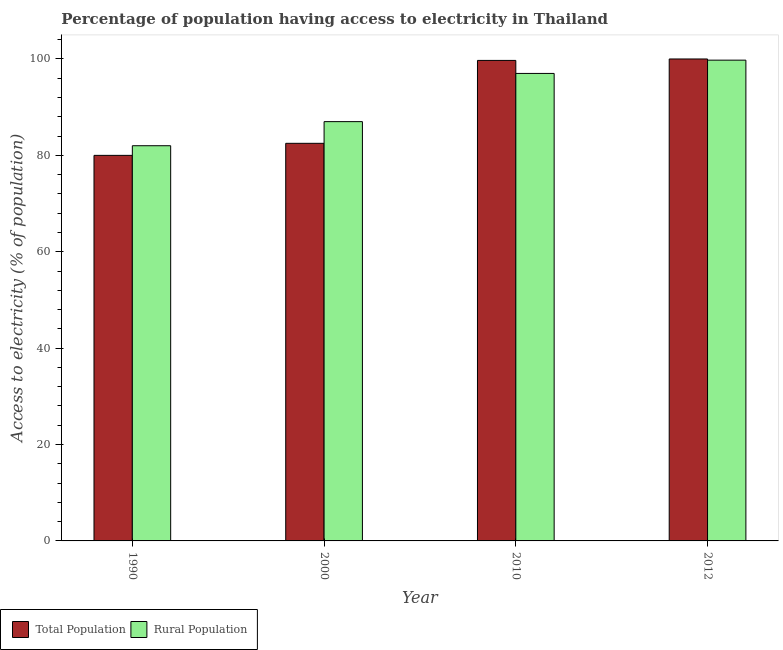
| Year | Total Population | Rural Population |
 | --- | --- | --- |
 | 1990 | 80 | 82 |
 | 2000 | 82.5 | 87 |
 | 2010 | 99.7 | 97 |
 | 2012 | 100 | 99.8 |